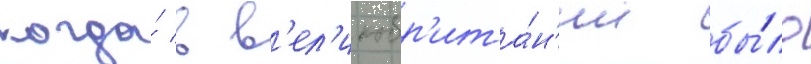
когда́ в в'ел'икобр'ита́н'ии бы́ло